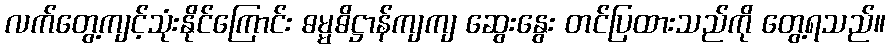
လက်တွေ့ကျင့်သုံးနိုင်ကြောင်း ဓမ္မဓိဋ္ဌာန်ကျကျ ဆွေးနွေး တင်ပြထားသည်ကို တွေ့ရသည်။